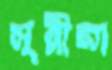
সুন্নীরা